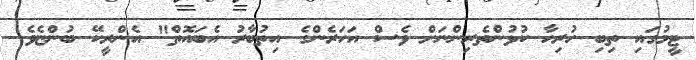
ޓީމުގައި ތިބި ހުރިހާ ކުޅުންތެރިންނަށް ވެސް އަހަރެންގެ އިތުބާރު އެބައޮތް" އެންރީކޭ ބުންޏެވެ.